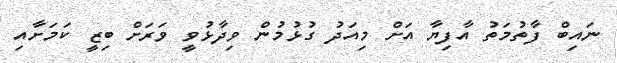
ނައިބް ފާތުމަތު އާފިޔާ އަށް މިއަދު ގުޅުމުން ވިދާޅުވީ ވަރަށް ބިޒީ ކަމަށާއި